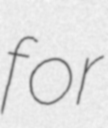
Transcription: for